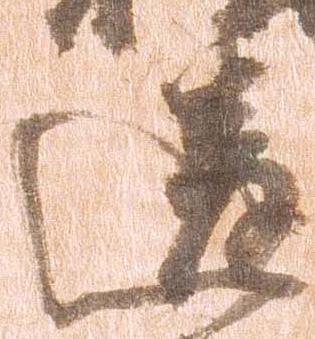
違